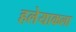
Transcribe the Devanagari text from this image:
हलेयाकला